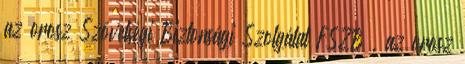
az orosz Szövetségi Biztonsági Szolgálat FSZB , az orosz